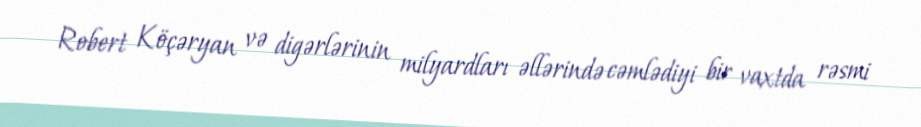
Robert Köçəryan və digərlərinin milyardları əllərində cəmlədiyi bir vaxtda rəsmi